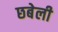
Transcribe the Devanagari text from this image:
छबेली